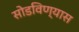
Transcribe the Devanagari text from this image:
सोडविण्यास